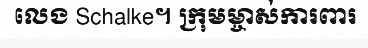
លេង Schalke។ ក្រុមម្ចាស់ការពារ